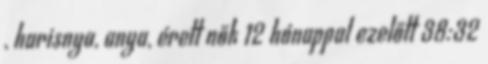
, harisnya, anya, érett nők 12 hónappal ezelőtt 38:32